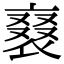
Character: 𧚰